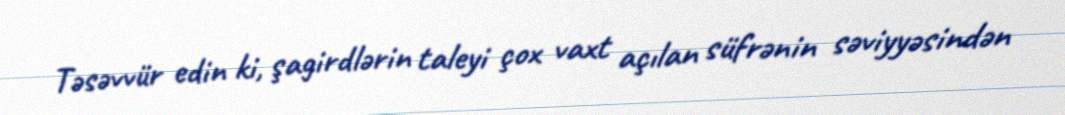
Təsəvvür edin ki, şagirdlərin taleyi çox vaxt açılan süfrənin səviyyəsindən